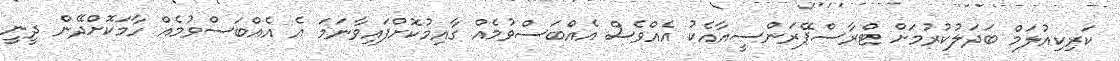
ކަރިކިއުލަމް ބަދަލުކުރުމަށް ޓްރާސްޕޭރަންސީއާއެކު އެއްވެސް އެއްބަސްވުމެއް ގާއިމުކޮށްފައިވާނަމަ އެ އެއްބަސްވުމެއް ހާމަކޮށްދޭން ދީނީ